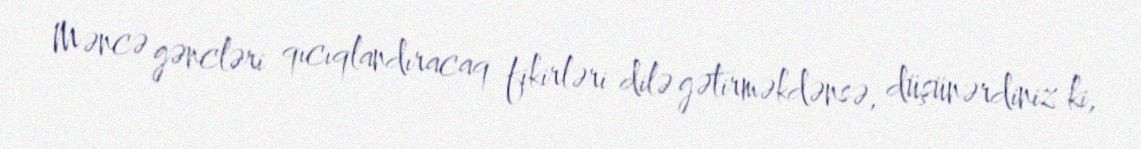
Məncə gəncləri qıcıqlandıracaq fikirləri dilə gətirməkdənsə, düşünərdiniz ki,